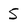
Character: 5